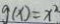
g ( x ) = x ^ { 2 }